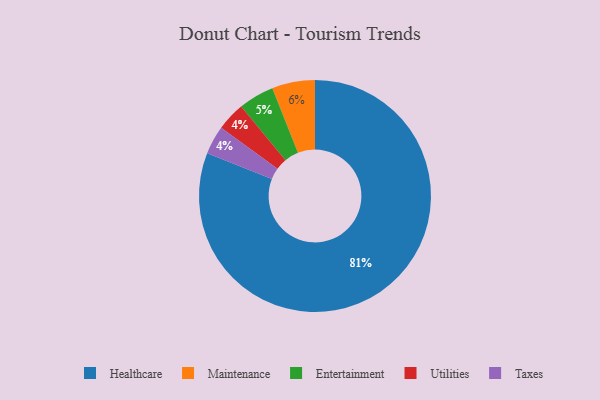
{"axis": {"x": "Category", "y": "Percentage"}, "legend": ["Entertainment", "Healthcare", "Maintenance", "Taxes", "Utilities"], "data": [{"x": "Entertainment", "y": 5, "type": "Entertainment"}, {"x": "Utilities", "y": 4, "type": "Utilities"}, {"x": "Healthcare", "y": 81, "type": "Healthcare"}, {"x": "Taxes", "y": 4, "type": "Taxes"}, {"x": "Maintenance", "y": 6, "type": "Maintenance"}]}